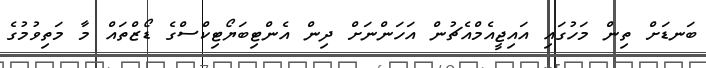
ބަނޑަށް ތިން މަހުގައި އައިޖީއެމްއެޗުން އަހަންނަށް ދިން އެންޓިބަޔޯޓިކްސްގެ ޑޯޒްތައް މާ މަތިވުމުގެ